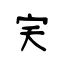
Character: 宎